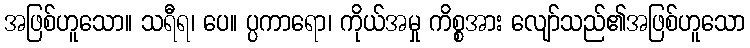
အဖြစ်ဟူသော။ သရီရ၊ ပေ။ ပ္ပကာရော၊ ကိုယ်အမှု ကိစ္စအား လျော်သည်၏အဖြစ်ဟူသော